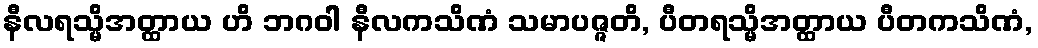
နီလရသ္မိအတ္ထာယ ဟိ ဘဂဝါ နီလကသိဏံ သမာပဇ္ဇတိ, ပီတရသ္မိအတ္ထာယ ပီတကသိဏံ,